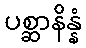
ပစ္ဆာနိန္နံ